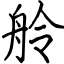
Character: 舲